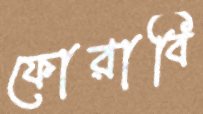
ফোরাবি